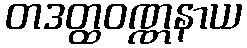
တဒတ္ထဝဏ္ဏနာယ